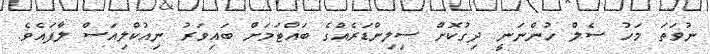
ނުވަތަ މަހު ސެލް ހުންނަނީ ދިގުކޮށް ސިލިންޑަރެއްގެ ބައްޓަމަށް ބައިވަރު ނިއުކްލިއަސް ލާފައެވެ.